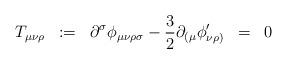
LaTeX: \begin{align*}T_{\mu\nu\rho} \;\; :=\;\; \partial^{\sigma} \phi_{\mu\nu\rho\sigma} - \frac{3}{2} \partial_{( \mu} \phi^{\prime}_{\nu\rho )} \;\; =\;\; 0\end{align*}